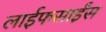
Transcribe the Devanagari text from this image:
लाईफसाईंस